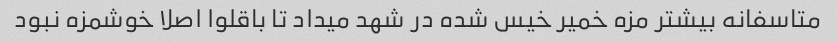
متاسفانه بیشتر مزه خمیر خیس شده در شهد میداد تا باقلوا اصلا خوشمزه نبود